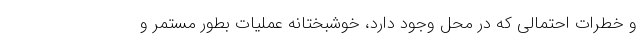
و خطرات احتمالی که در محل وجود دارد، خوشبختانه عملیات بطور مستمر و